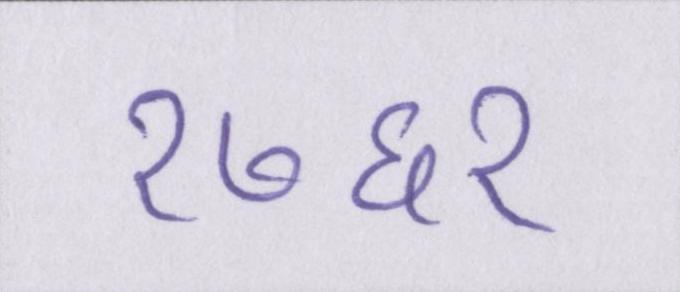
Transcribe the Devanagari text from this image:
१७६१